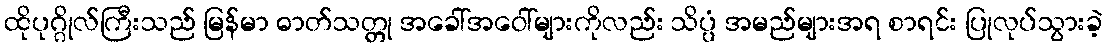
ထိုပုဂ္ဂိုလ်ကြီးသည် မြန်မာ ဓာတ်သတ္တု အခေါ်အဝေါ်များကိုလည်း သိပ္ပံ အမည်များအရ စာရင်း ပြုလုပ်သွားခဲ့